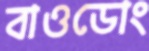
বাওডোং